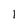
Character: l